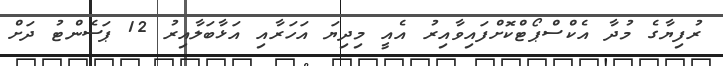
ރުފިޔާގެ މުދާ އެކްސްޕޯޓްކޮށްފައިވާއިރު އެއީ މިދިޔަ އަހަރާއި އަޅާބަލާއިރު 12 ޕަސެންޓު ދަށް